65_HS1-834228961_62-HQ-83894_Section_9
Agency: FBI
Page 202
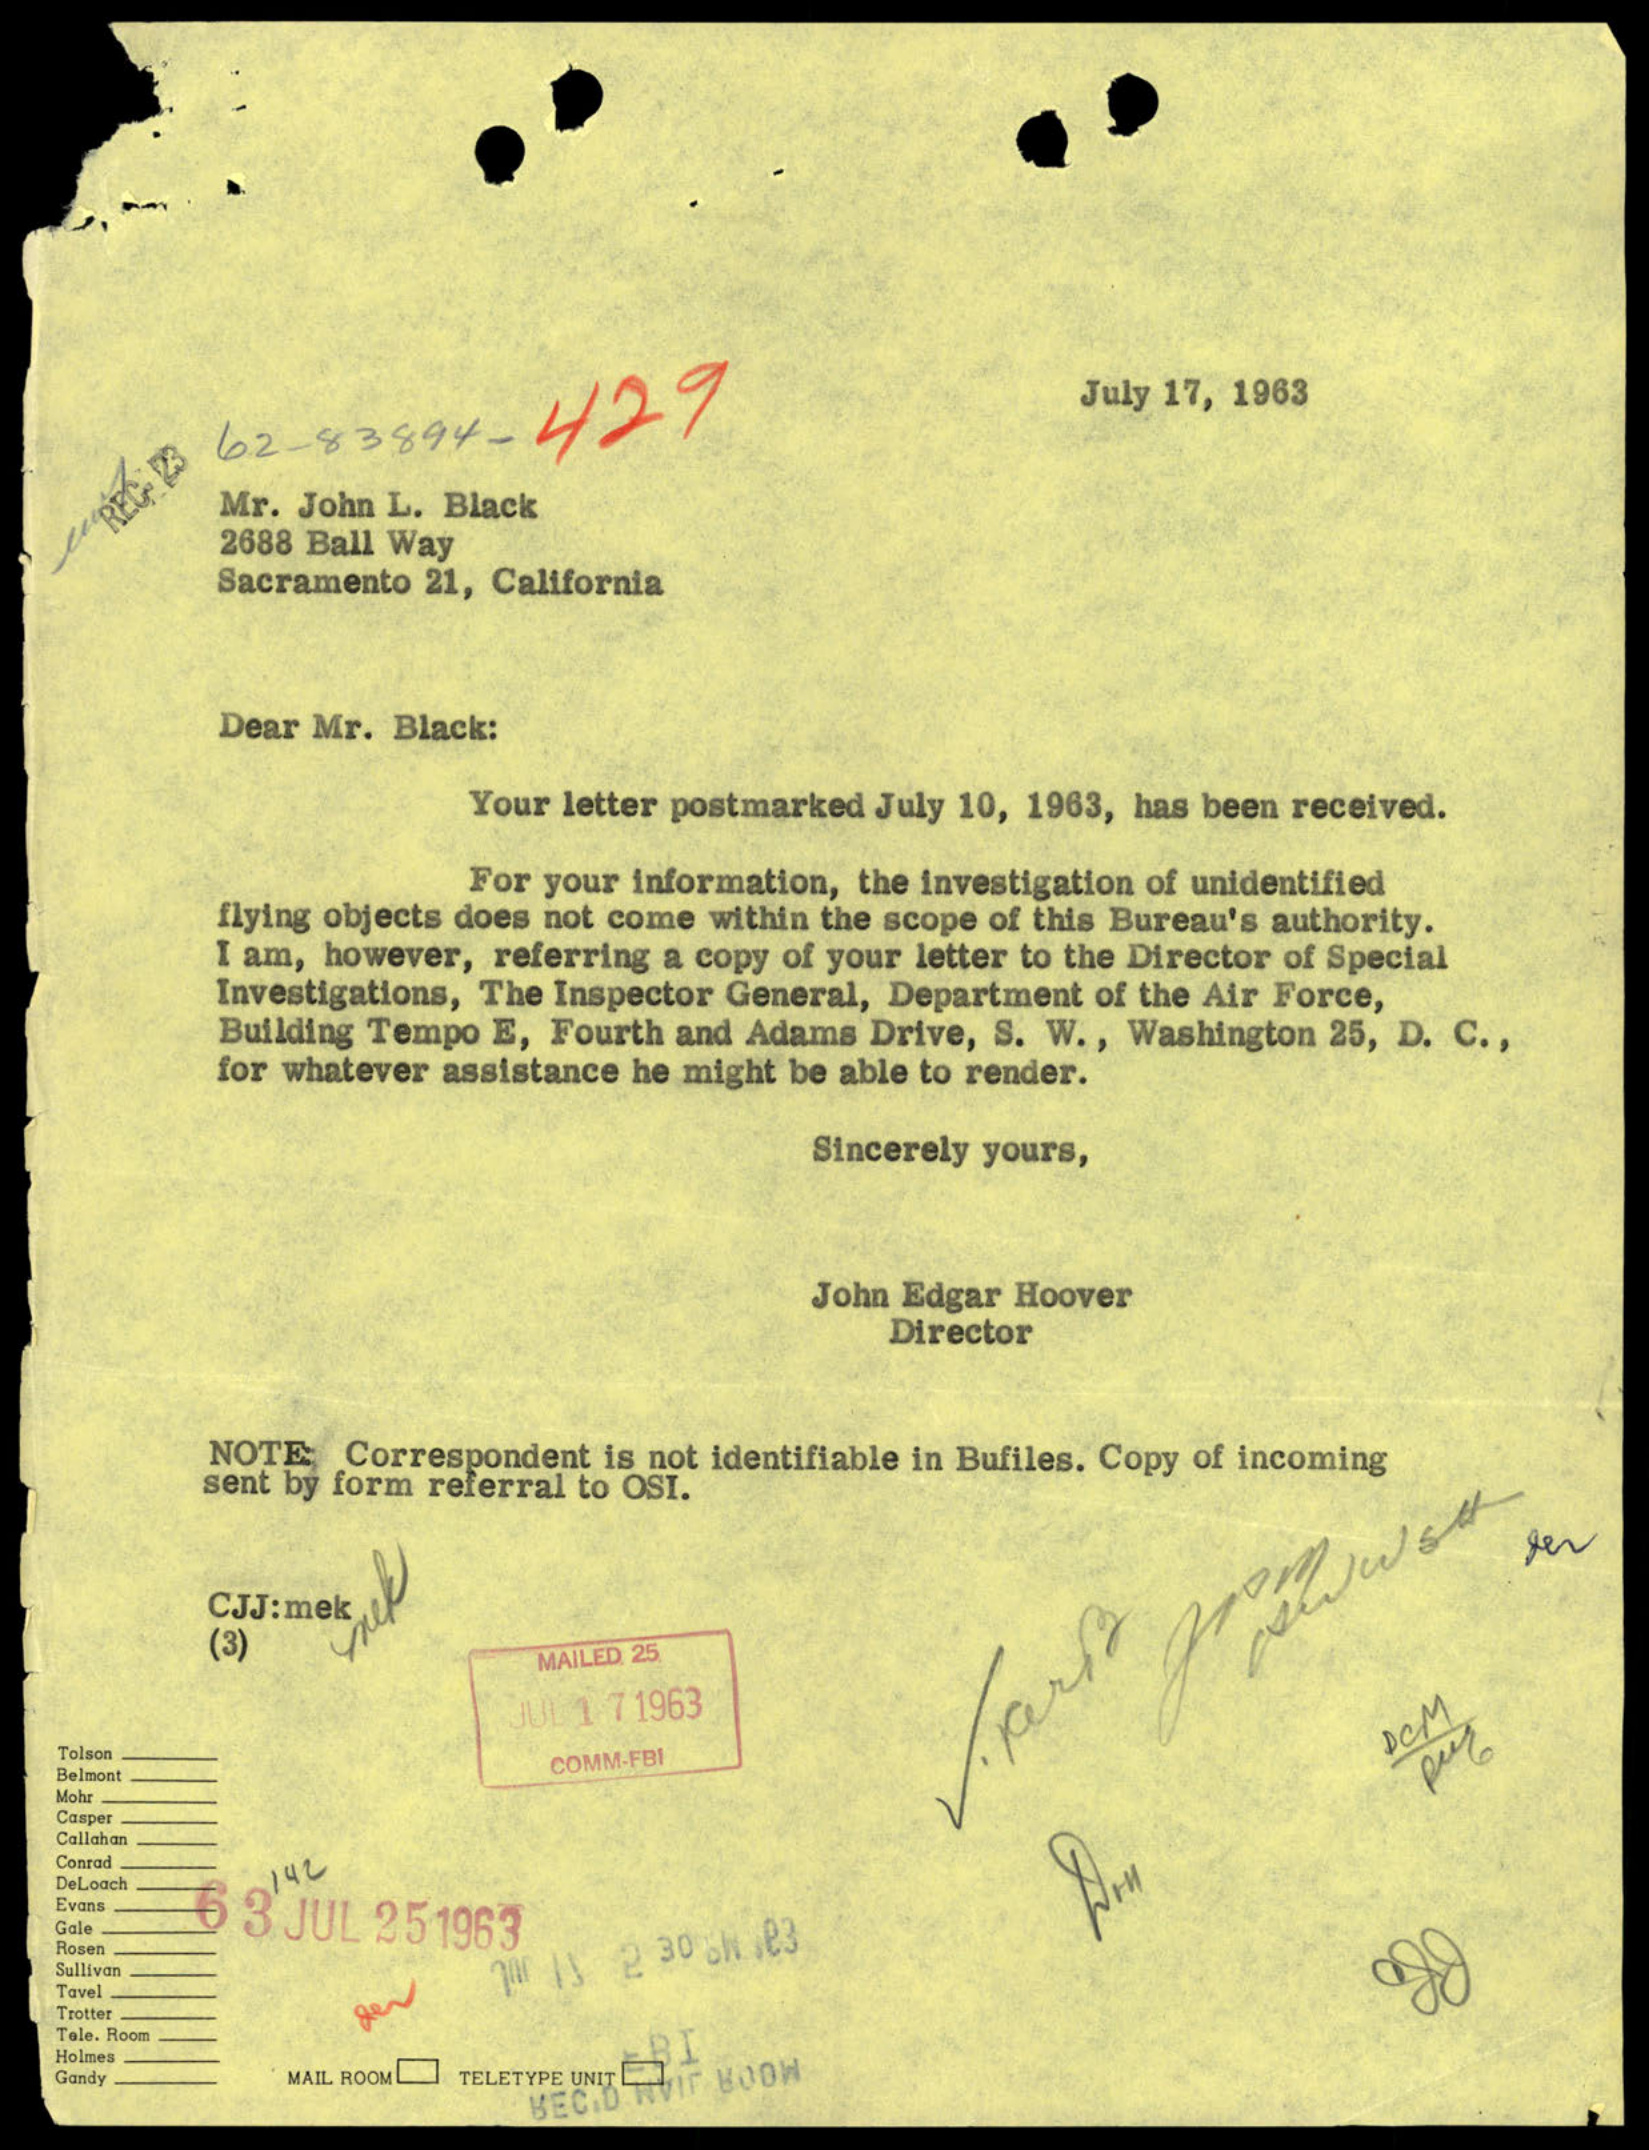